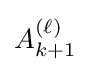
A_{k+1}^{(\ell )}